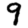
Digit: 9